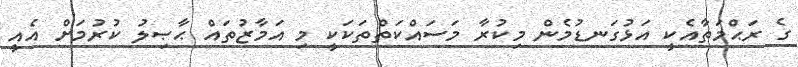
ގެ ރަޙްމަތާއެކީ އަޅުގަނޑުމެން މިކުރާ މަސައްކަތްތަކަކީ މި އަމާޒުތައް ޙާޞިލު ކުރުމަށް އެއީ